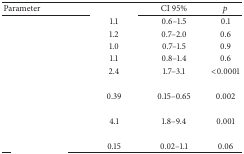
<table><thead><tr><td><b>Parameter</b></td><td>[EMPTY_CELL]</td><td><b>CI 95%</b></td><td><b><i>p</i></b></td></tr></thead><tbody><tr><td>[EMPTY_CELL]</td><td>1.1</td><td>0.6–1.5</td><td>0.1</td></tr><tr><td>[EMPTY_CELL]</td><td>1.2</td><td>0.7–2.0</td><td>0.6</td></tr><tr><td>[EMPTY_CELL]</td><td>1.0</td><td>0.7–1.5</td><td>0.9</td></tr><tr><td>[EMPTY_CELL]</td><td>1.1</td><td>0.8–1.4</td><td>0.6</td></tr><tr><td>[EMPTY_CELL]</td><td>2.4</td><td>1.7–3.1</td><td>&lt;0.0001</td></tr><tr><td>[EMPTY_CELL]</td><td>[EMPTY_CELL]</td><td>[EMPTY_CELL]</td><td>[EMPTY_CELL]</td></tr><tr><td>[EMPTY_CELL]</td><td>0.39</td><td>0.15–0.65</td><td>0.002</td></tr><tr><td>[EMPTY_CELL]</td><td>[EMPTY_CELL]</td><td>[EMPTY_CELL]</td><td>[EMPTY_CELL]</td></tr><tr><td>[EMPTY_CELL]</td><td>4.1</td><td>1.8–9.4</td><td>0.001</td></tr><tr><td>[EMPTY_CELL]</td><td>[EMPTY_CELL]</td><td>[EMPTY_CELL]</td><td>[EMPTY_CELL]</td></tr><tr><td>[EMPTY_CELL]</td><td>0.15</td><td>0.02–1.1</td><td>0.06</td></tr></tbody></table>